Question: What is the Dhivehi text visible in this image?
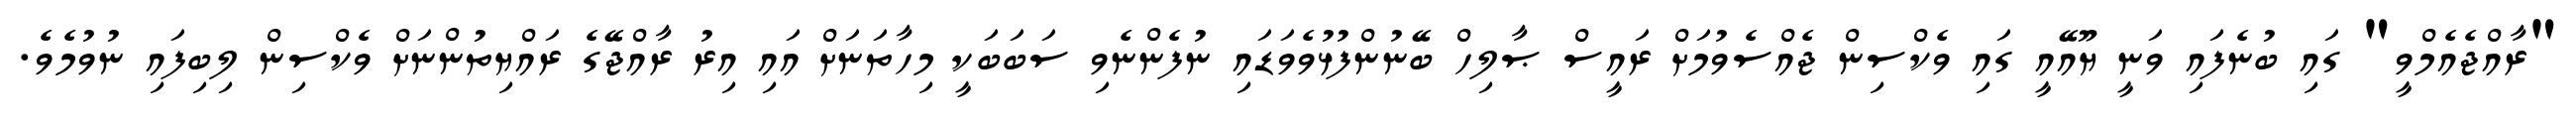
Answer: "ރާއްޖެއެމްވީ" ގައި ބުނެފައި ވަނީ ޔޫއޭއީ ގައި ވެކްސިން ޖެއްސެވުމަށް ރައީސް ޞާލިހް ބޭނުންފުޅުވެވަޑައި ނުފެންނެވި ސަބަބަކީ މިހާތަނަށް އައި އިރު ރާއްޖޭގެ ރައްޔިތުންނަށް ވެކްސިން ލިބިފައި ނުވުމެވެ.